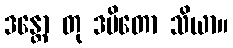
ဒန္တော တု ဒမိတော သိယာ။